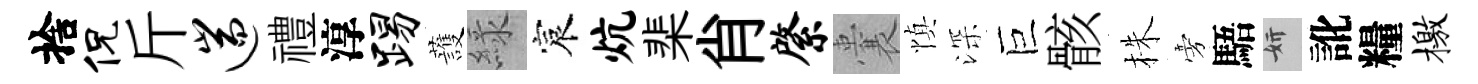
捨侃斤遄禮淳踢䕶緑宸炕棐肖綮囊慎深巨骸株旁䮏妍訛糧檄